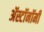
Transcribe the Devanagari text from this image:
ॲस्टॉनॉमी